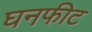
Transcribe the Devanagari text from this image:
घनफीट